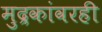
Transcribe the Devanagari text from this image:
मुद्रकांवरही